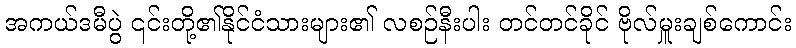
အကယ်ဒမီပွဲ ၎င်းတို့၏နိုင်ငံသားများ၏ လစဉ်နီးပါး တင်တင်ခိုင် ဗိုလ်မှူးချစ်ကောင်း